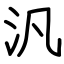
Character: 汎